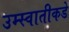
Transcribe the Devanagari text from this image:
उम्स्वातीकडे